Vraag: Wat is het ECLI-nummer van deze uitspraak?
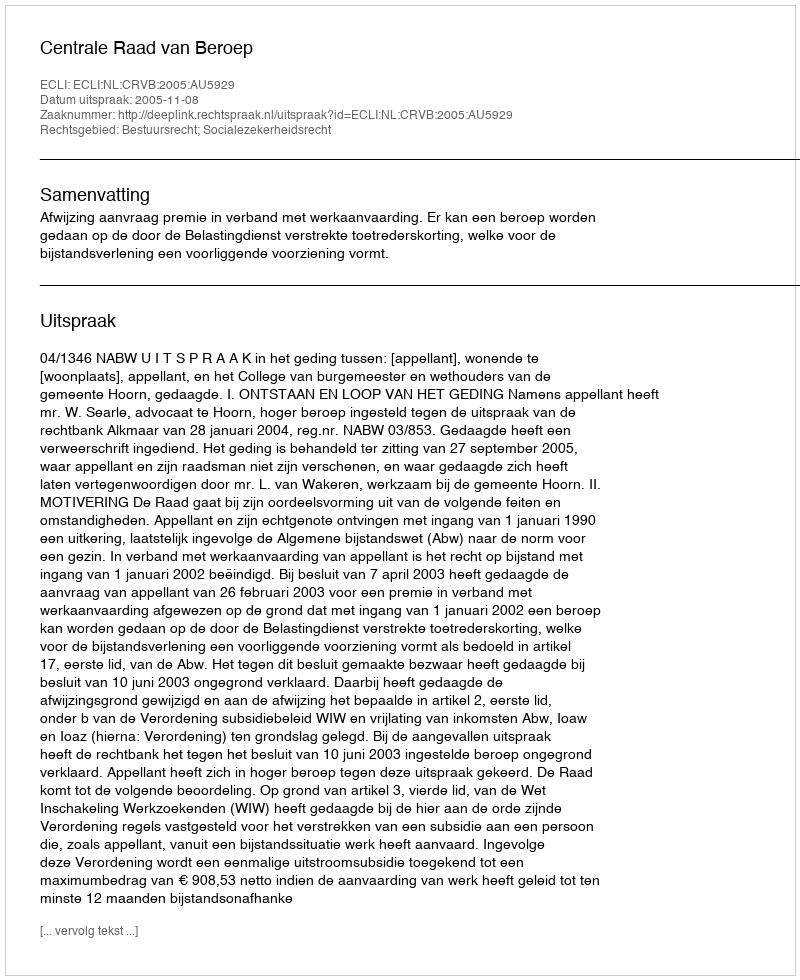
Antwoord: ECLI:NL:CRVB:2005:AU5929